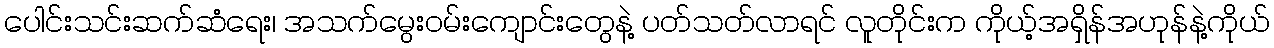
ပေါင်းသင်းဆက်ဆံရေး၊ အသက်မွေးဝမ်းကျောင်းတွေနဲ့ ပတ်သတ်လာရင် လူတိုင်းက ကိုယ့်အရှိန်အဟုန်နဲ့ကိုယ်